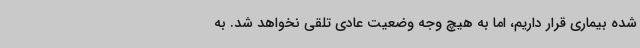
شده بیماری قرار داریم، اما به هیچ وجه وضعیت عادی تلقی نخواهد شد. به